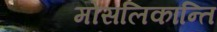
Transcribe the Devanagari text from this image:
मोसलिकान्ति